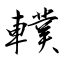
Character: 轐